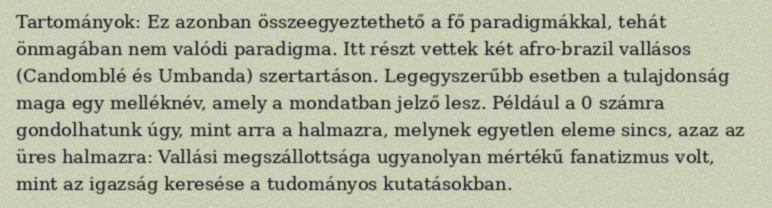
Tartományok: Ez azonban összeegyeztethető a fő paradigmákkal, tehát önmagában nem valódi paradigma. Itt részt vettek két afro-brazil vallásos (Candomblé és Umbanda) szertartáson. Legegyszerűbb esetben a tulajdonság maga egy melléknév, amely a mondatban jelző lesz. Például a 0 számra gondolhatunk úgy, mint arra a halmazra, melynek egyetlen eleme sincs, azaz az üres halmazra: Vallási megszállottsága ugyanolyan mértékű fanatizmus volt, mint az igazság keresése a tudományos kutatásokban.